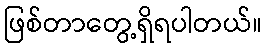
ဖြစ်တာတွေ့ရှိရပါတယ်။